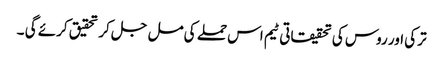
ترکی اور روس کی تحقیقاتی ٹیم اس حملے کی مل جل کر تحقیق کرئے گی ۔